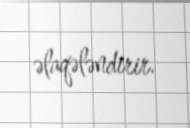
əlaqələndirir.